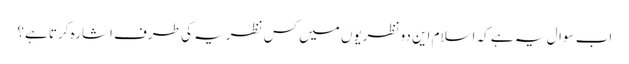
اب سوال یہ ہے کہ اسلام این دو نظریوں میں کس نظریہ کی طرف اشارہ کرتا ہے؟